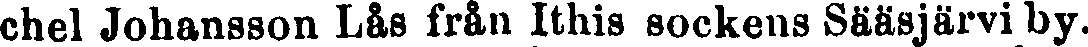
chel Johansson Lås från Ithis sockens Sääsjärvi by.